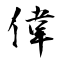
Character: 偉